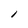
Character: l